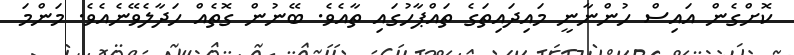
ކޮށްގެން އައިސް ހުންނާނީ މައިދައިތަގެ ތައްޕާހުގައި ތާއެވެ. ބޭނުން ގޮތެއް ހަދާލެވޭނެއެވެ. މަންމަ